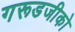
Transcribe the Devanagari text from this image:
गरूडजीको